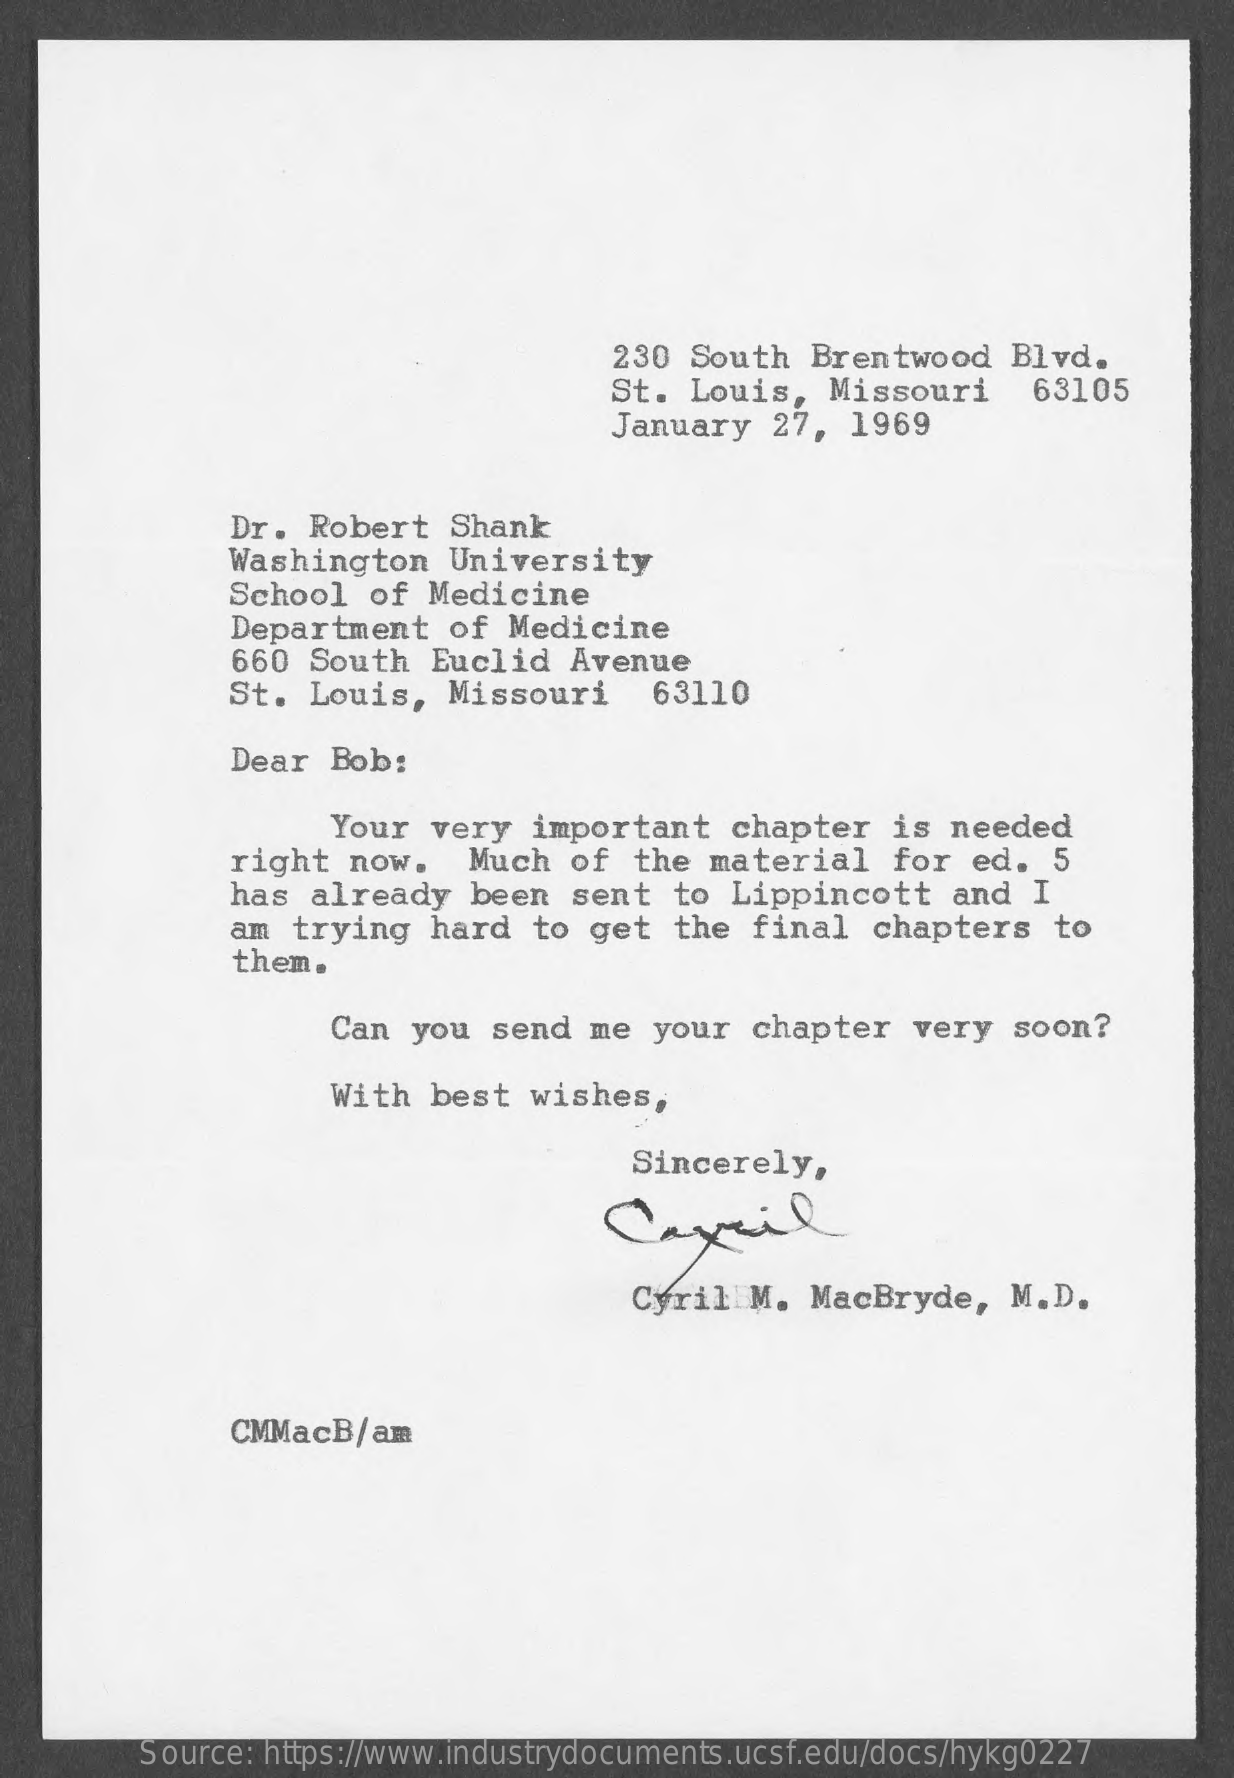
230  South  Brentwood    Blvd.
     St.  Louis,  Missouri    63105
     January   27,  1969
     Dr.  Robert   Shank
     Washington    University
     School  of  Medicine
     Department   of  Medicine
     660 South   Euclid  Avenue
     St.  Louis,   Missouri    63110
     Dear  Bob:
     Your  very  important   chapter   is  needed
     right  now.   Much  of   the material   for  ed.  5
     has already   been   sent  to Lippincott    and  I
     am trying   hard  to  get  the  final  chapters    to
     them.
     Can you   send  me your   chapter   very  soon?
     With  best  wishes,
     Sincerely,
     Carril
     Cyril   M. MacBryde,    M.D.
     CMMacB/am
     Source: https://www.industrydocuments.ucsf.edu/docs/hykg0227